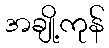
အချို့ကုန်